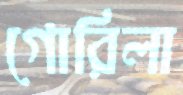
গোরিলা